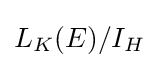
L_{K}(E)/I_{H}